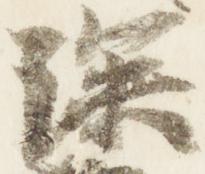
深